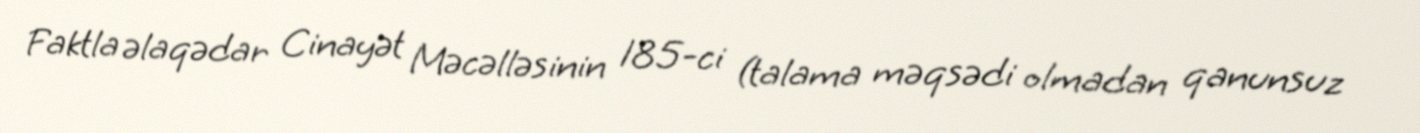
Faktla əlaqədar Cinayət Məcəlləsinin 185-ci (talama məqsədi olmadan qanunsuz